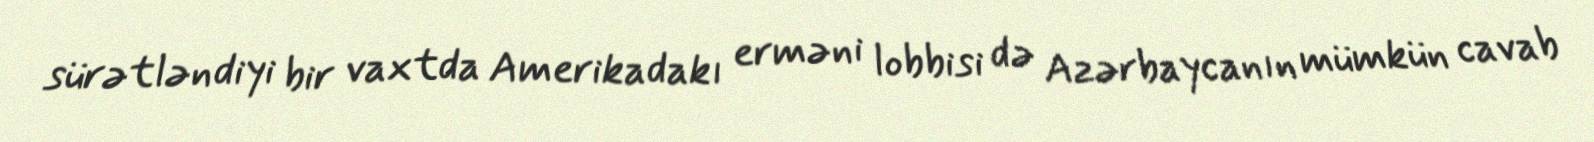
sürətləndiyi bir vaxtda Amerikadakı erməni lobbisi də Azərbaycanın mümkün cavab